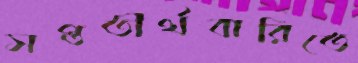
সপ্ততীর্থবারিতে